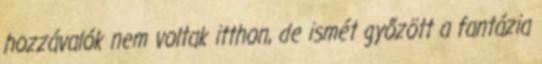
hozzávalók nem voltak itthon, de ismét győzött a fantázia